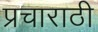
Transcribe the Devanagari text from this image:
प्रचाराठी